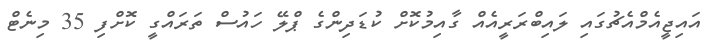
އައިޖީއެމްއެޗުގައި ލައިބްރަރީއެއް ގާއިމުކޮށް ކުޑަދިންގެ ޕްލޭ ހައުސް ތަރައްގީ ކޮށްފި 35 މިނެޓް